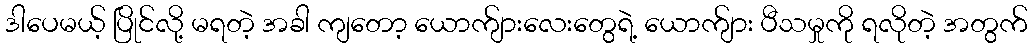
ဒါပေမယ့် ပြိုင်လို့ မရတဲ့ အခါ ကျတော့ ယောက်ျားလေးတွေရဲ့ ယောက်ျား ပီသမှုကို ရလိုတဲ့ အတွက်